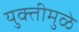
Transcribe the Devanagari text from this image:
युक्तीमुळे